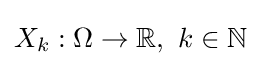
X_{k}:\Omega \to \mathbb {R} ,\,\,k\in \mathbb {N}